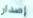
إصدار